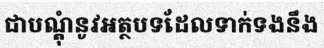
ជាបណ្តុំនូវអត្ថបទដែលទាក់ទងនឹង